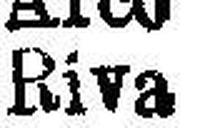
Riva